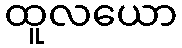
ထူလယော